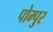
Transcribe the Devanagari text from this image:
पोम्पुर